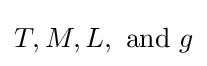
T,M,L,{\text{ and }}g